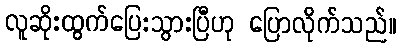
လူဆိုးထွက်ပြေးသွားပြီဟု ပြောလိုက်သည်။